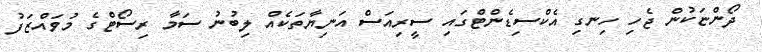
ދޯންޏަކުން ޖެހި ހިނގި އެކްސިޑެންޓްގައި ސީރިއަސް އަނިޔާތަކެއް ލިބުނު ސަމާ ރިސޯޓްގެ މުވައްޒަފު